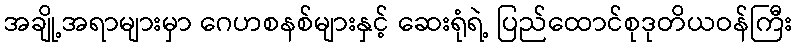
အချို့အရာများမှာ ဂေဟစနစ်များနှင့် ဆေးရုံရဲ့ ပြည်ထောင်စုဒုတိယဝန်ကြီး